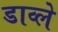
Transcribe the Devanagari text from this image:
डाव्ले